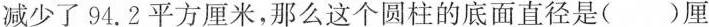
减少了94.2平方厘米，那么这个圆柱的底面直径是（ ）厘